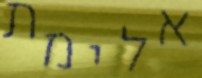
אלימת